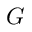
{ \cal G }